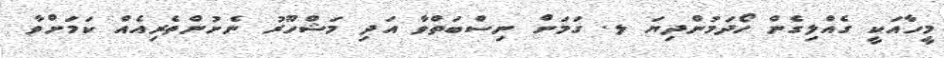
މީހާއަކީ ގެއްލިގެން ހޯދަމުންދިޔަ ލ. ގަމަށް ނިސްބަތްވާ އަދި މަޝްހޫރު ނެށުންތެރިއެއް ކަމަށްވާ